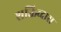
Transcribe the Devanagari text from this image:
शक्तिव्दारा